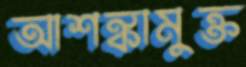
আশঙ্কামুক্ত